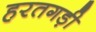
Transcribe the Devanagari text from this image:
हरतगड़ी